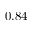
0 . 8 4